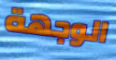
الوجهة